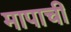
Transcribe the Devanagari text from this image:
मापाची